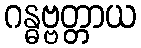
ဂန္ဓဗ္ဗတ္တာယ